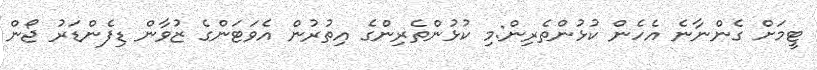
ޓީމަށް ގެންނާނެ އެހެން ކުޅުންތެރިން:މި ކުޅުންތެރިންގެ އިތުރުން އެވަޓަންގެ ޒުވާން ޑިފެންޑަރު ޖޯން